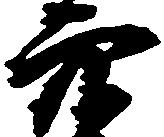
穴